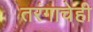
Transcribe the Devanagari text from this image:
तरंगाचेही